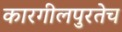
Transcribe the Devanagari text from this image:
कारगीलपुरतेच